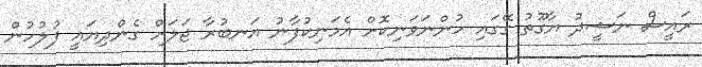
ރައީސް ނަޝީދު ޔާގޫތު ގޭގައި ހުންނަވަނިކޮށް އެމަނިކުފާނު އަނބުރާ ޖަލަށް ގެންދިޔައީ ފުލުހުން